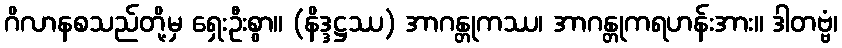
ဂိလာနစသည်တို့မှ ရှေးဦးစွာ။ (နိဒ္ဒဋ္ဌဿ) အာဂန္တုကဿ၊ အာဂန္တုကရဟန်းအား။ ဒါတဗ္ဗံ၊